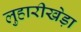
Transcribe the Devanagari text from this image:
लुहारीखेड़ा